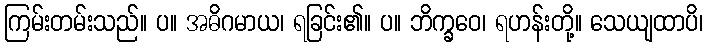
ကြမ်းတမ်းသည်။ ပ။ အဓိဂမာယ၊ ရခြင်း၏။ ပ။ ဘိက္ခဝေ၊ ရဟန်းတို့။ သေယျထာပိ၊